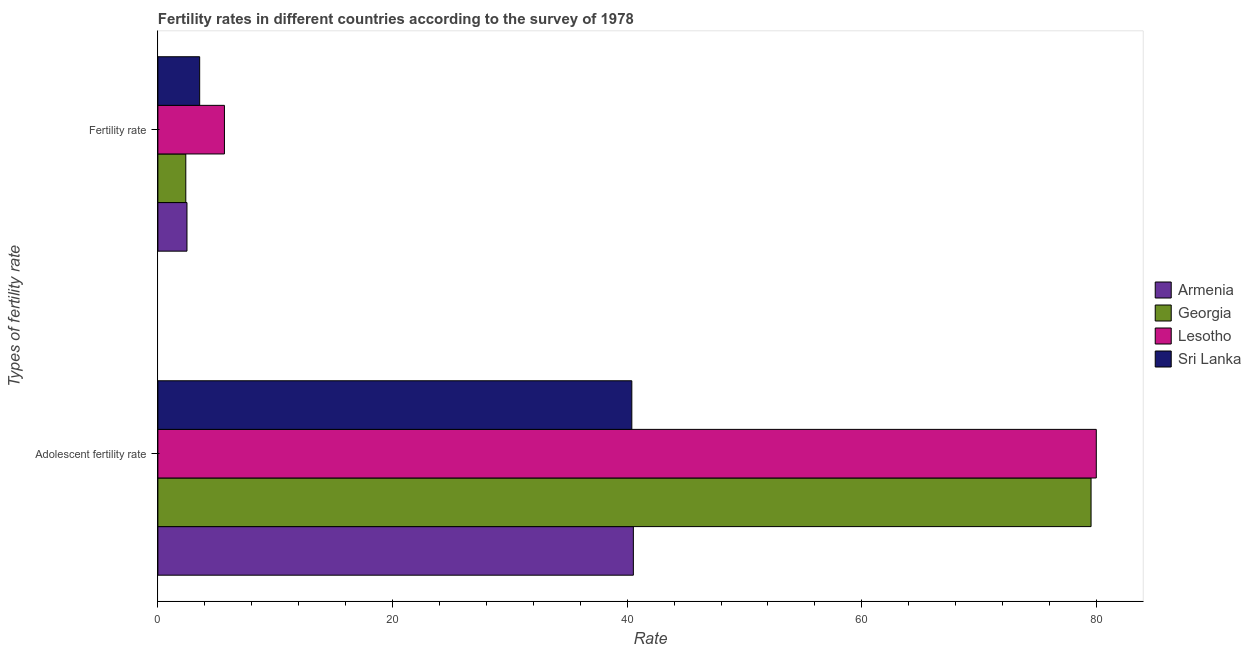
| Types of fertility rate | Armenia | Georgia | Lesotho | Sri Lanka |
 | --- | --- | --- | --- | --- |
 | Adolescent fertility rate | 40.5 | 79.5 | 80 | 40.4 |
 | Fertility rate | 2.48 | 2.38 | 5.67 | 3.56 |